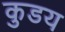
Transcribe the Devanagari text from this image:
कुडय